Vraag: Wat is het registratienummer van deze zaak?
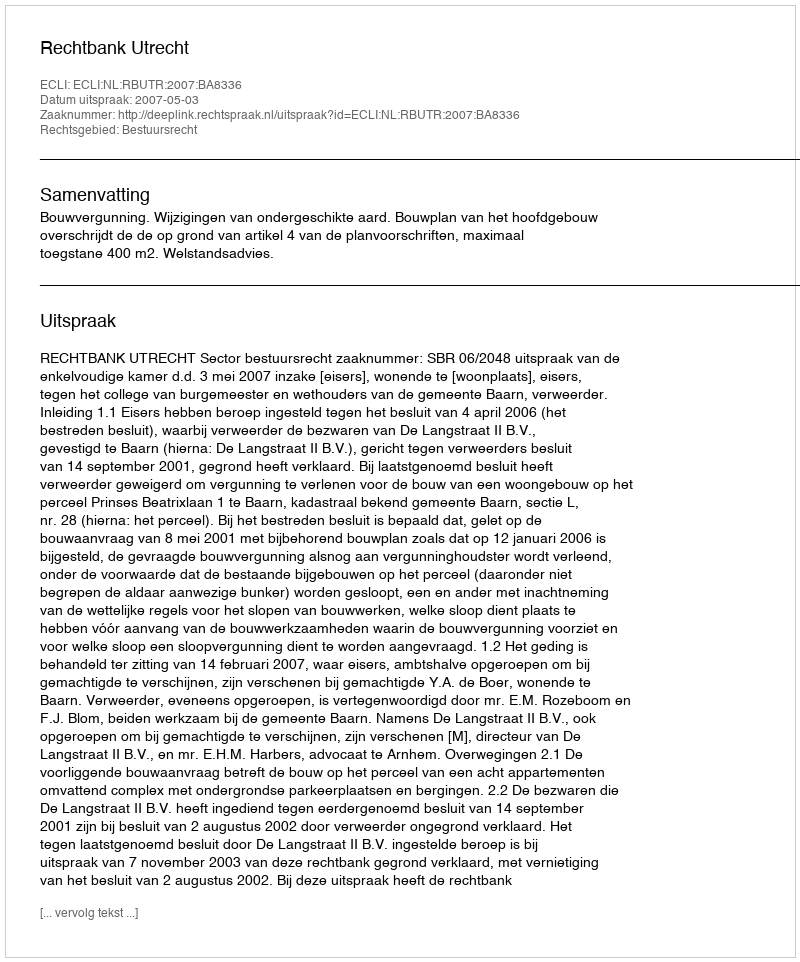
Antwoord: http://deeplink.rechtspraak.nl/uitspraak?id=ECLI:NL:RBUTR:2007:BA8336